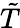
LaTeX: \tilde{T}